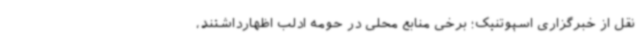
نقل از خبرگزاری اسپوتنیک؛ برخی منابع محلی در حومه ادلب اظهارداشتند،